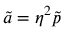
\tilde { a } = \eta ^ { 2 } \tilde { p }